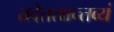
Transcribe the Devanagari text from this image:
तदेतत्क्षन्तव्यं